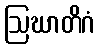
ဩဃာတိဂံ